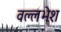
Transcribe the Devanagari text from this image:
वल्लभेश